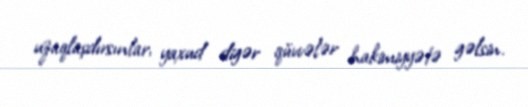
uzaqlaşdırsınlar, yaxud digər qüvvələr hakimiyyətə gəlsin.